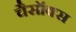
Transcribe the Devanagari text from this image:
चैसॉक्स